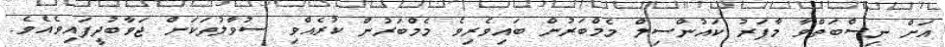
އަށް ނިސްބަތްވާ މާފަރު ކައުންސިލް މެމްބަރުން ބައިވެރިވެ މެމްބަރުން ކުރެއްވި ސުވާލުތަކަށް ޖަވާބުދީފައިވެއެވެ.